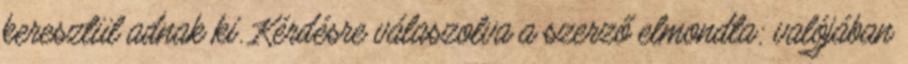
keresztül adnak ki. Kérdésre válaszolva a szerző elmondta: valójában